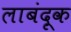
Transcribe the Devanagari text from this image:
लाबंदूक